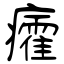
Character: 癨